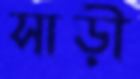
সাড়ী